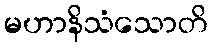
မဟာနိသံသောတိ